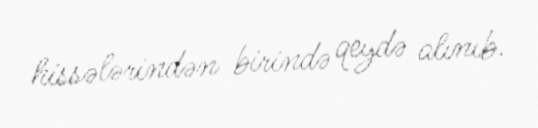
hissələrindən birində qeydə alınıb.